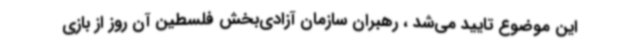
این موضوع تایید می‌شد ، رهبران سازمان آزادی‌بخش فلسطین آن روز از بازی